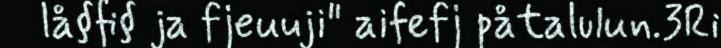
lå§fi§ ja fjeuuji" aifefj påtalulun.3Ri